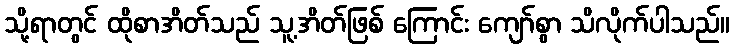
သို့ရာတွင် ထိုစာအိတ်သည် သူ့အိတ်ဖြစ် ကြောင်း ကျော်စွာ သိလိုက်ပါသည်။